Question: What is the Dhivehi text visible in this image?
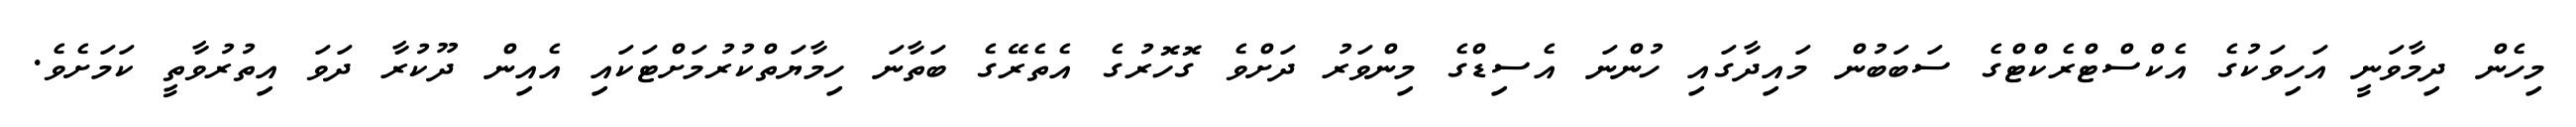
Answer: މިހެން ދިމާވަނީ އަހިވަކުގެ އެކްސްޓްރެކްޓްގެ ސަބަބުން މައިދާގައި ހުންނަ އެސިޑްގެ މިންވަރު ދަށްވެ ގޮހޮރުގެ އެތެރޭގެ ބަތާނަ ހިމާޔަތްކުރުމަށްޓަކައި އެއިން ދޫކުރާ ދަވަ އިތުރުވާތީ ކަމަށެވެ.